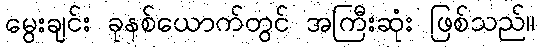
မွေးချင်း ခုနစ်ယောက်တွင် အကြီးဆုံး ဖြစ်သည်။